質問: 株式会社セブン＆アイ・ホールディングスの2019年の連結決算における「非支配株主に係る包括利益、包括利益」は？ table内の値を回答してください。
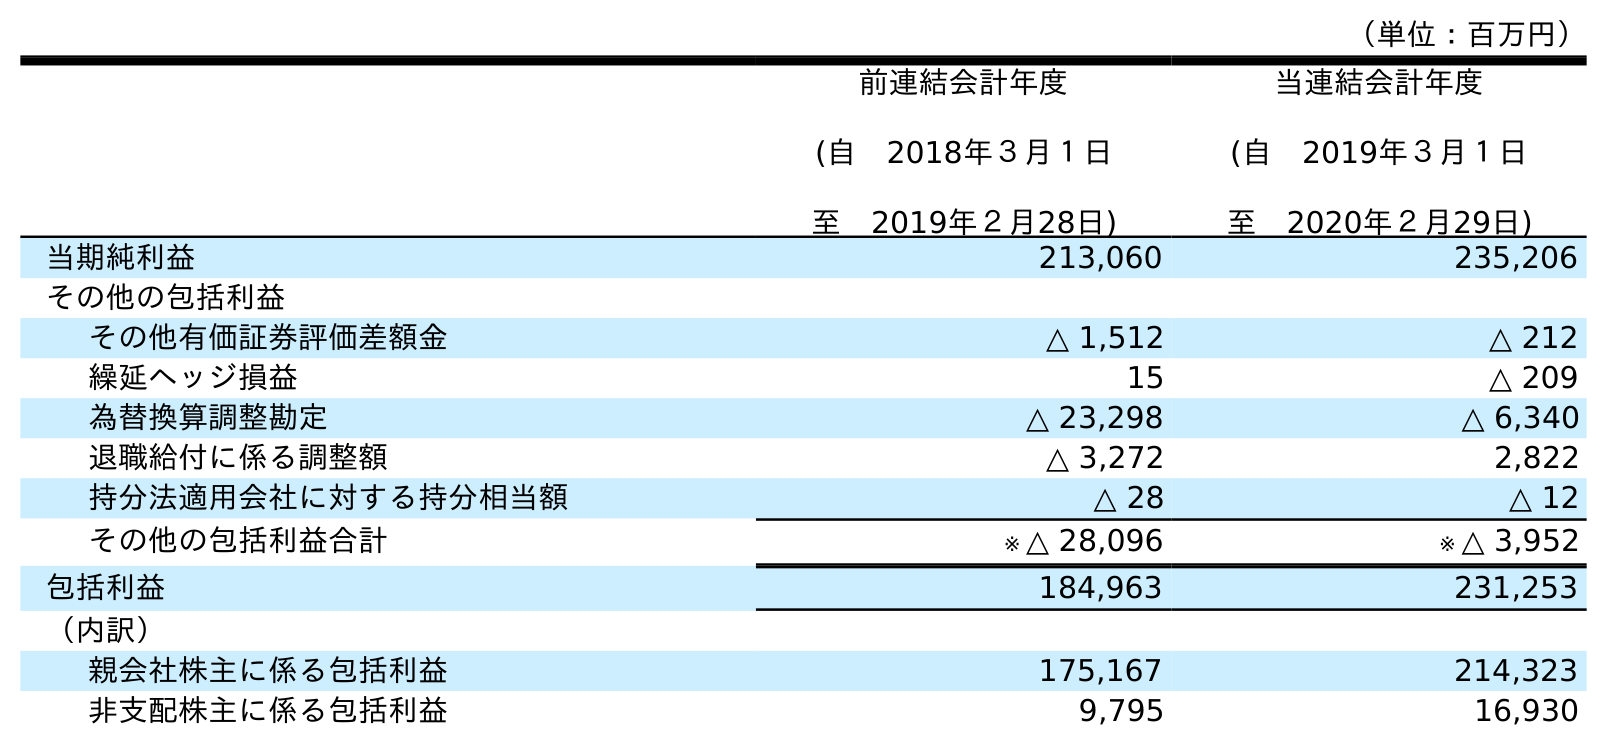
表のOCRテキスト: （単位：百万円） 前連結会計年度 (自 2018年３月１日 至 2019年２月28日) 当連結会計年度 (自 2019年３月１日 至 2020年２月29日) 当期純利益 213,060 235,206 その他の包括利益 その他有価証券評価差額金 △ 1,512 △ 212 繰延ヘッジ損益 15 △ 209 為替換算調整勘定 △ 23,298 △ 6,340 退職給付に係る調整額 △ 3,272 2,822 持分法適用会社に対する持分相当額 △ 28 △ 12 その他の包括利益合計 ※ △ 28,096 ※ △ 3,952 包括利益 184,963 231,253 （内訳） 親会社株主に係る包括利益 175,167 214,323 非支配株主に係る包括利益 9,795 16,930
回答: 9,795